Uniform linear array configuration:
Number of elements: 64
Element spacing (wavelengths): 0.25
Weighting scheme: exponential
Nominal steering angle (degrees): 15
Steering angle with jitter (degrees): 16.55
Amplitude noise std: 0.05
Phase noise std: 0.05

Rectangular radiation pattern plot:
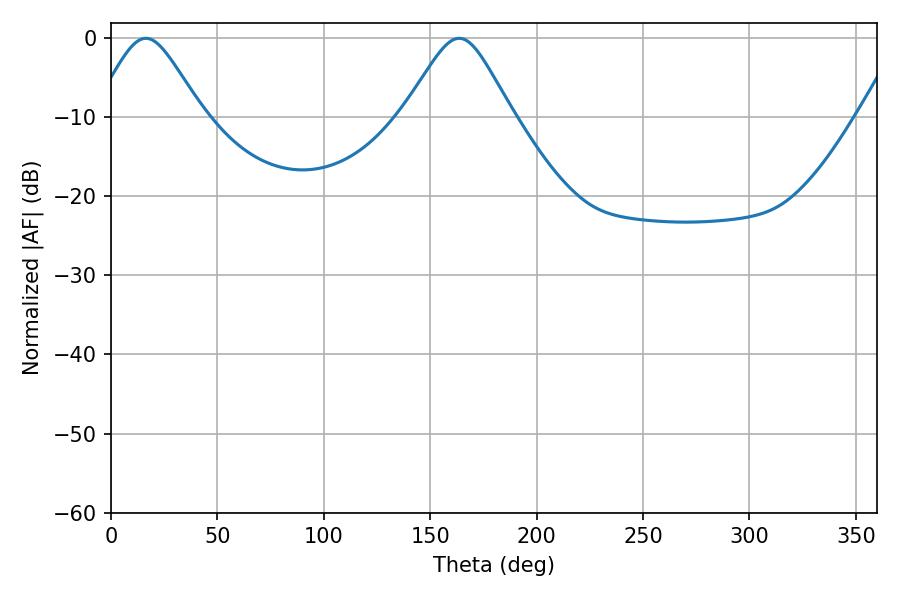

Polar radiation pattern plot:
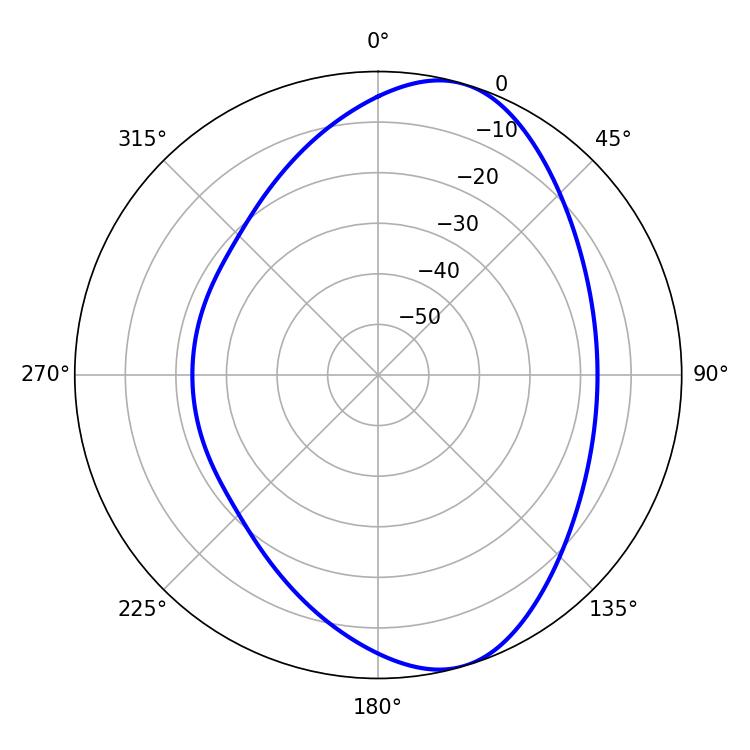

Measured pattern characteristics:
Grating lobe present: FALSE
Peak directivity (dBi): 8.055
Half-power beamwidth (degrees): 24.66
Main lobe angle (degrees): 16.38